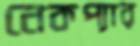
নেকপ্যার